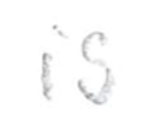
Text: is
Cross-out: clean
Writing tool: pencil